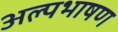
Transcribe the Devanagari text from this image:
अल्पभाषण